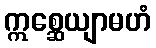
ဣစ္ဆေယျာမဟံ